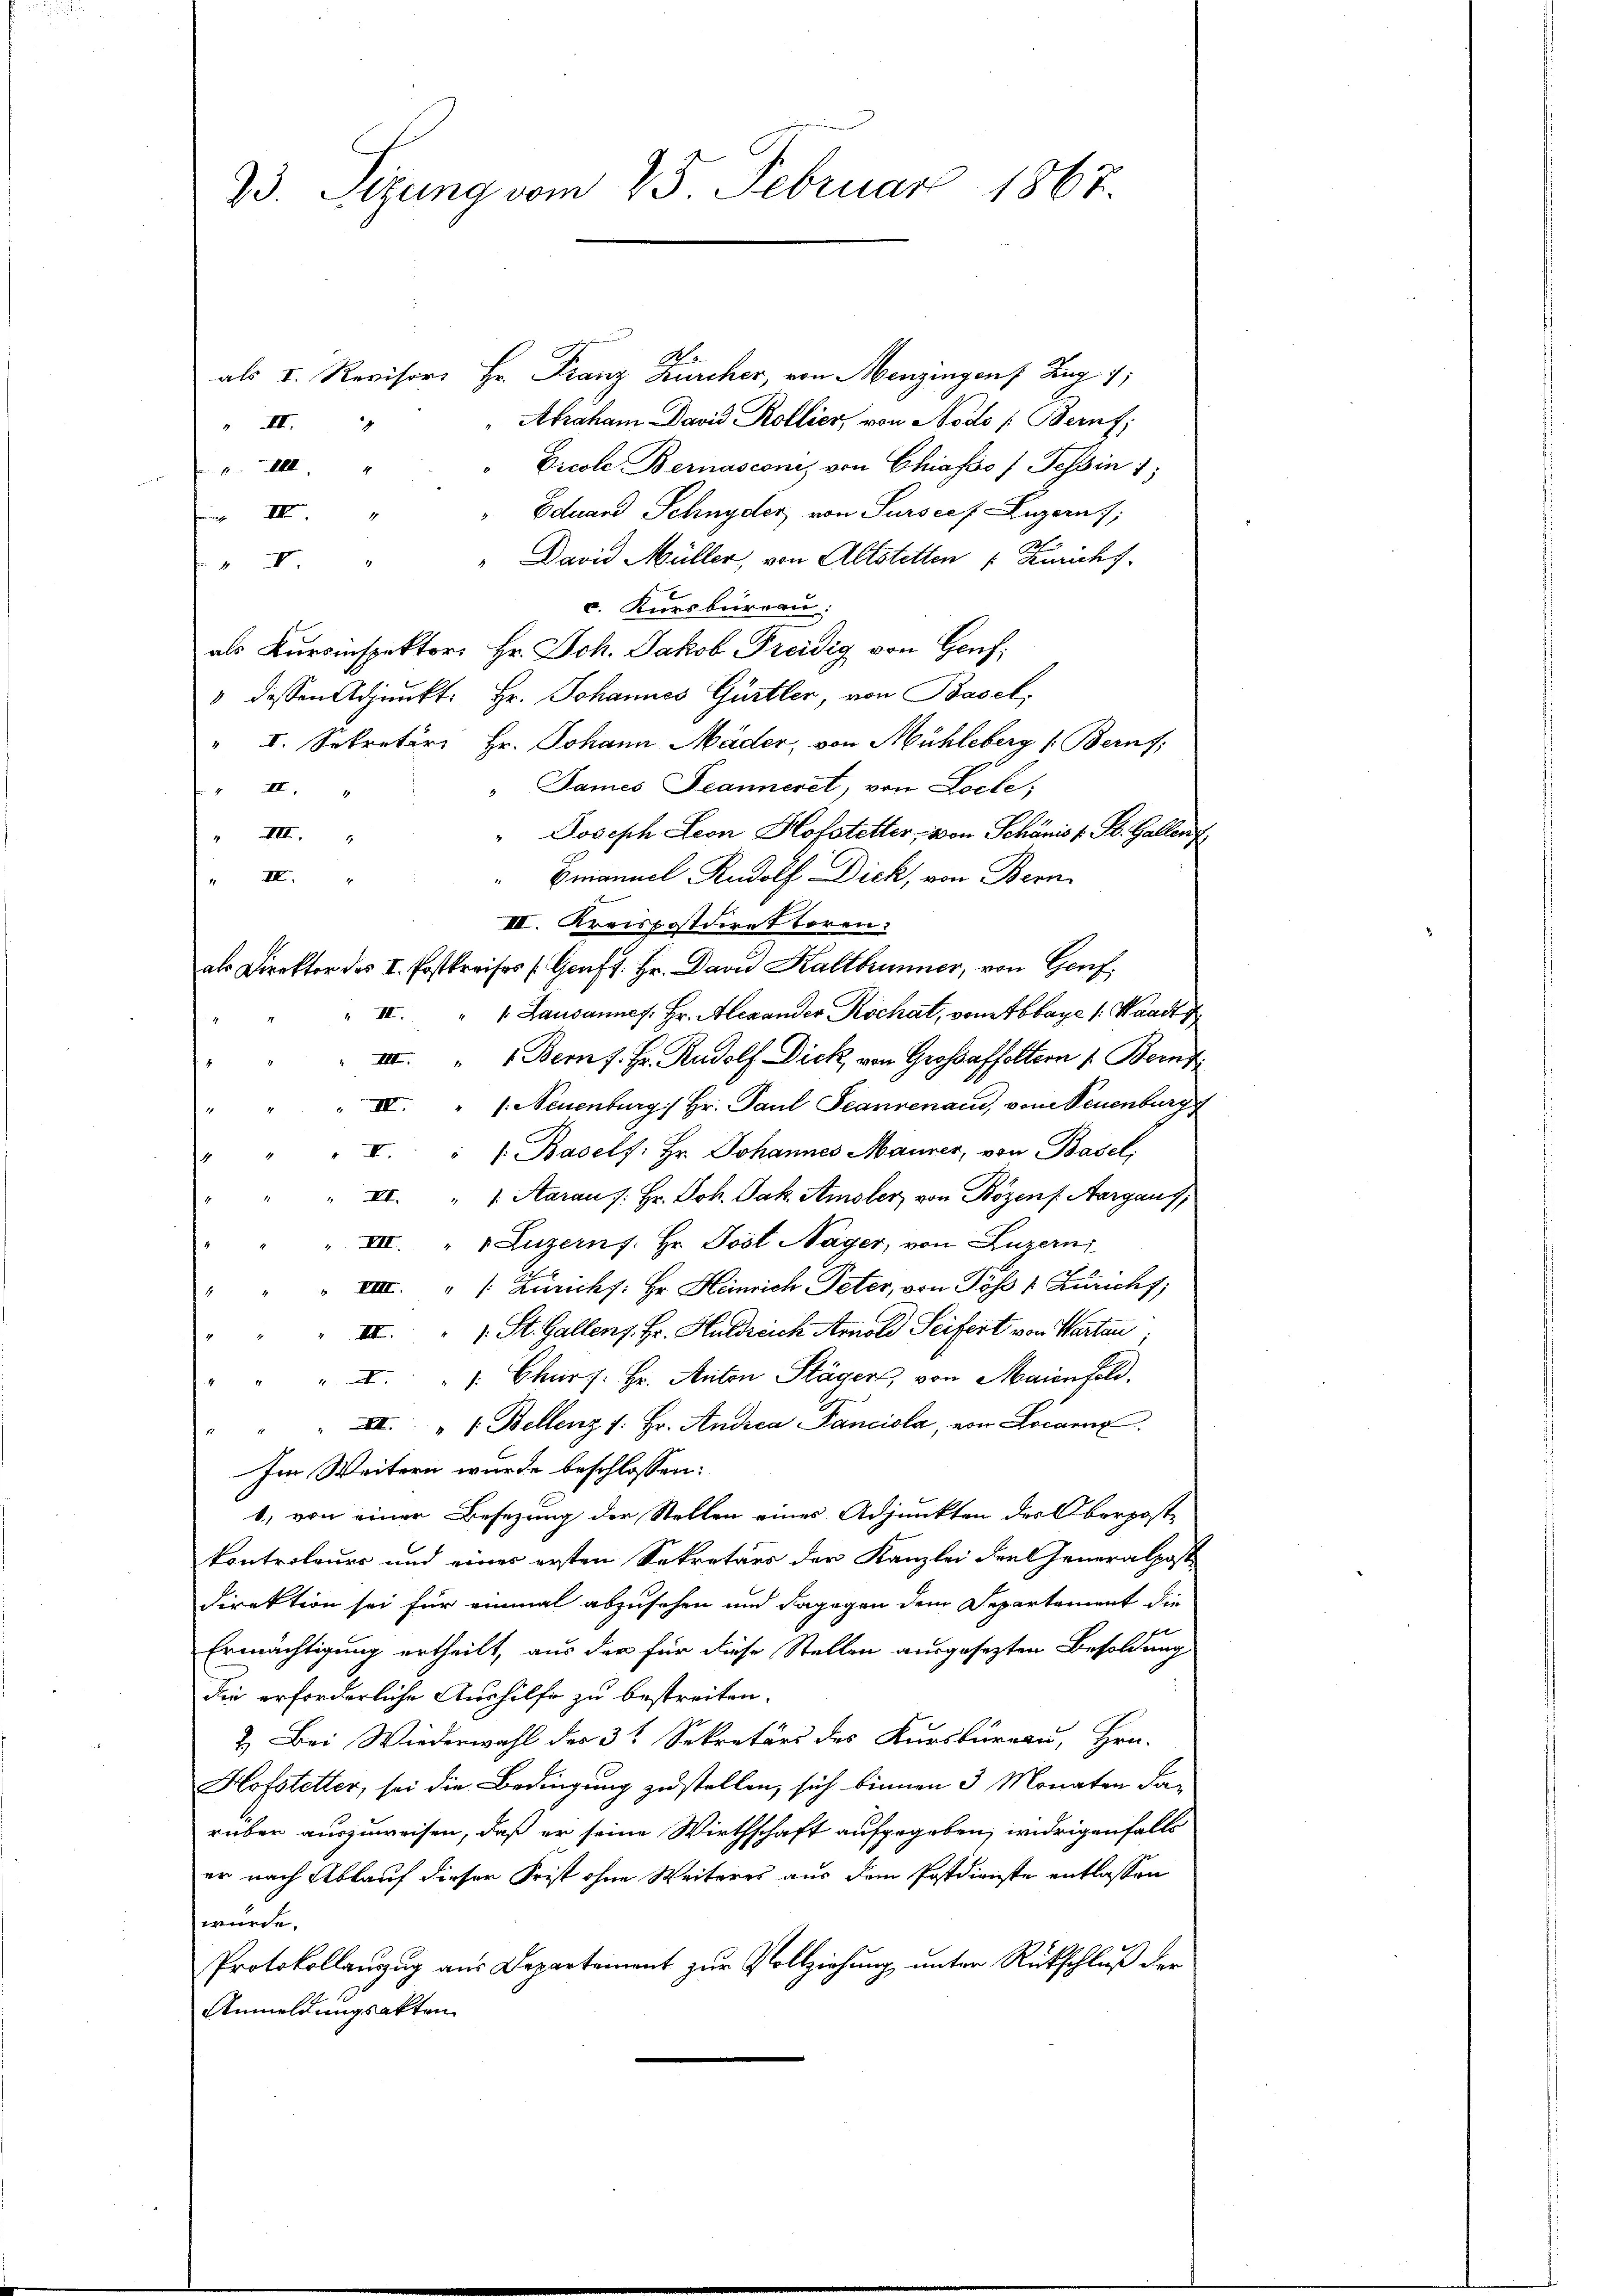
23. Sezung vom 25. Februar 1867.

als u. Revisors Hr. Franz Zürcher, von Menzingen Zug 1
Abraham David Kollier, von Nodo /: Bernf
I
Dicole Bernasconi, von Chiasso) Tessin 1;

Eduard Schnyder von Surseef Luzern;
 IV
" David Müller, von Altstetten v Kurichs

c. Kursbureau:
als Kursinspektors Hr. Joh. Jakob Freidig von Genf,
" dessen Adjunkt: Hr. Johannes Gürtler, von Basel,
" I. Sekretär Hr. Johann Mäder, von Mühleberg (Beruf,
James Peanneret, von Loche;
4 III 4
" Joseph Leon Hofstetter, von Schanis v. St. Gallenz
" III.
Emanuel Rudolf Dick, von Bern
" II.
III. Kreispostdirettoren:
als Direktor des II. Postkreises (Genf s. Hr. David Kaltbummer, von Genf,
 Lausannes. Hr. Alexander Kochat, vom Abbaye /: Waadt
 III.
III. Bern f. Fr. Rudolf Dick, von Grossaffoltern 1. Bernd
XI. " (Neuenburg) Hr. Paul Seanrenau, von Neuenburg
I. " /: Baself: Hr. Johannes Manner, von Basel,
III. " " Aarau s. Hr. Joh. Jak. Amsler von Bözens. Aargaus
III. " " Luzerns. Hr. Jost Nager, von Luzern
 VIII. " (: Züricht: Hr. Heinrich Peter, von Töß 1 Zuricht;
III. "   St. Gallenz. Fr. Huldreich Arnold Seifert von Warten,
 XI. " 1. Churs: Hr. Anton Stägers, von Maienfeld.
XI. " " Bellenz s. Hr. Andrea Panciola, von Locarne
Im Weitern wurde beschlossen:
1) von einer Besetzung der Stellen eines Adjunkten des Oberpost-
kontroleurs und eines ersten Sekretärs der Kanzlei der Generalpost
direktion sei für einmal abzusehen und dagegen dem Departement die
Ermächtigung ertheilt, aus der für diese Stellen ausgesezten Besoldung
die erforderliche Aushilfe zu bestreiten.
2. Bei Wiederwahl des 3te Sekretärs des Kursbureau, Hrn.
Hofstetter, sei die Bedingung zustellen, sich binnen 3 Monaten darüber auszuweisen, daß er seine Wirthschaft aufgegeben, widrigenfalls
er nach Ablauf dieser Frist ohne Weiteres aus dem Postdienste entlassen
wurde.
Protokollanzug aus Departement zur Vollziehung unter Rückschluß der
Anmeldungsakten